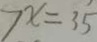
7 x = 3 5